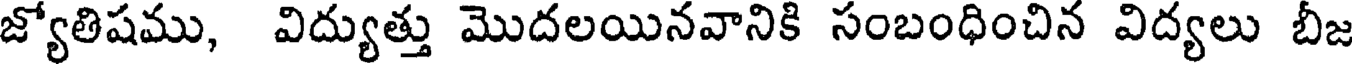
జ్యోతిషము, విద్యుత్తు మొదలయినవానికి సంబంధించిన విద్యలు బీజ